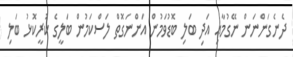
ދެނެގަންނަން ނޭގުމާއި އަދި ބަލި ބޮޑުވަމުން އަންނަގޮތް ލަސްކަމުން ބަލީގެ ކުރީކޮޅު ބަލި